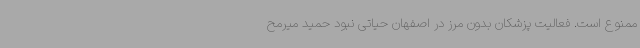
ممنوع است. فعالیت پزشکان بدون مرز در اصفهان حیاتی نبود حمید میرمح